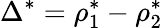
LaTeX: \Delta^{*}=\rho_{1}^{*}-\rho_{2}^{*}